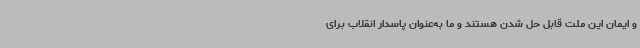
و ایمان این ملت قابل حل شدن هستند و ما به‌عنوان پاسدار انقلاب برای